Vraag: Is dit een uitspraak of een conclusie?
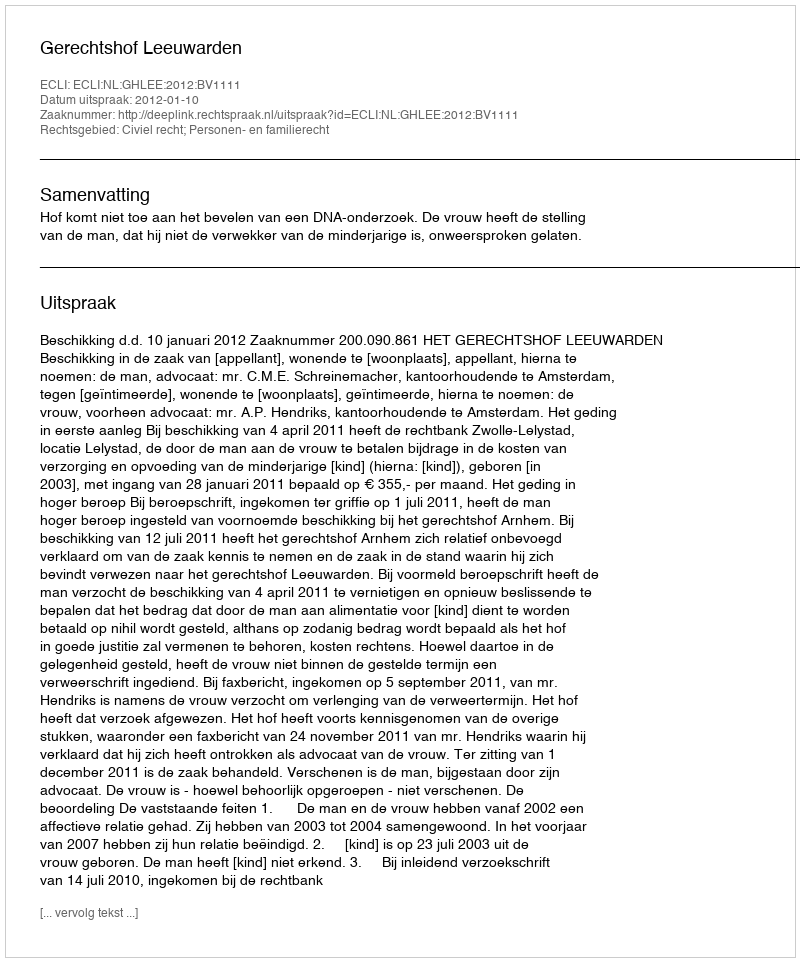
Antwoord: Uitspraak